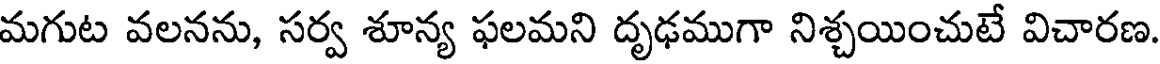
మగుట వలనను, సర్వ శూన్య ఫలమని దృఢముగా నిశ్చయించుటే విచారణ